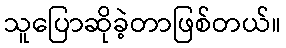
သူပြောဆိုခဲ့တာဖြစ်တယ်။